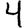
Digit: 4